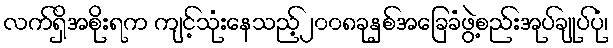
လက်ရှိအစိုးရက ကျင့်သုံးနေသည့်၂၀၀၈ခုနှစ်အခြေခံဖွဲ့စည်းအုပ်ချုပ်ပုံ၊